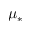
\mu _ { * }